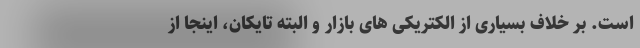
است. بر خلاف بسیاری از الکتریکی های بازار و البته تایکان، اینجا از